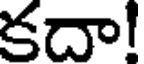
కదా!